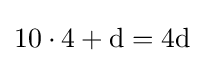
10\cdot 4+{\text{d}}={\text{4d}}